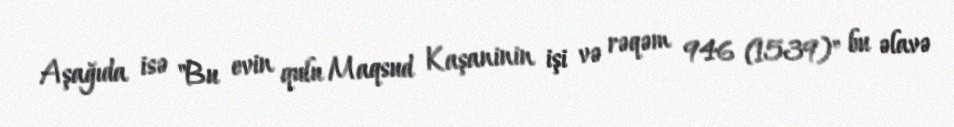
Aşağıda isə "Bu evin qulu Maqsud Kaşaninin işi və rəqəm 946 (1539)" bu əlavə